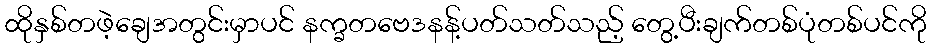
ထိုနှစ်တဖဲ့ချေအတွင်းမှာပင် နက္ခတဗေဒနန့်ပတ်သတ်သည့် တွေ့ပီးချက်တစ်ပုံတစ်ပင်ကို